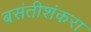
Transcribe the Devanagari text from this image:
बसंतीशंकरा